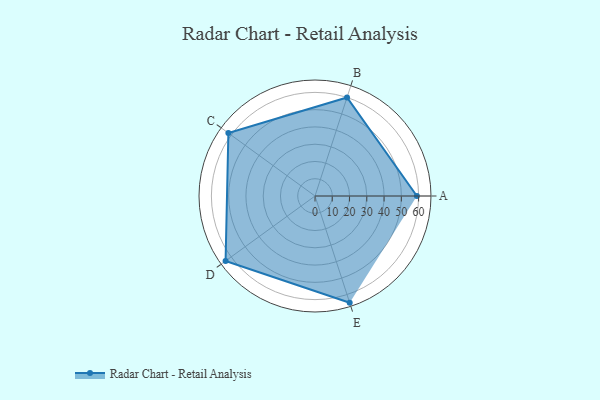
{"axis": {"x": "Skill", "y": "Score"}, "legend": ["Profile"], "data": [{"x": "A", "y": 59.0, "type": "Profile"}, {"x": "B", "y": 60.0, "type": "Profile"}, {"x": "C", "y": 62.0, "type": "Profile"}, {"x": "D", "y": 64.0, "type": "Profile"}, {"x": "E", "y": 65.0, "type": "Profile"}]}